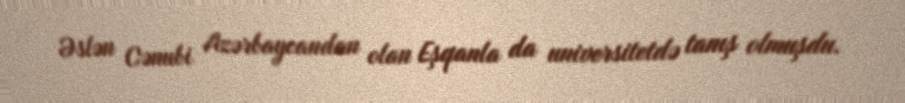
Əslən Cənubi Azərbaycandan olan Eşqanla da universitetdə tanış olmuşdu.